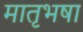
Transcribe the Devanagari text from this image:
मातृभषा